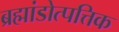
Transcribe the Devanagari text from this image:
ब्रह्मांडोत्पत्तिक